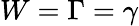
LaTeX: W=\Gamma=\gamma